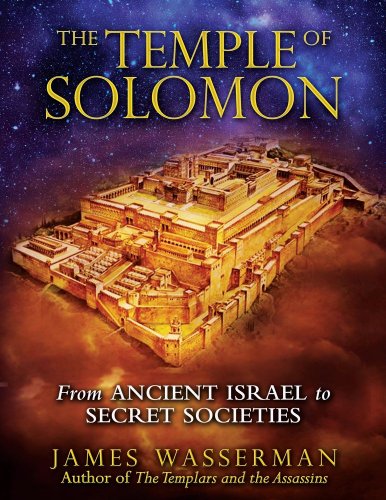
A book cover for The Temple of Solomon: From Ancient Israel to Secret Societies; James Wasserman; Religion & Spirituality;